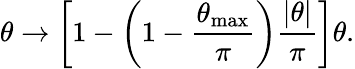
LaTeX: \theta\rightarrow\left[1-\left(1-\frac{\theta_{\mathrm{max}}}{\pi}\right)\frac{|\theta|}{\pi}\right]\theta.